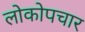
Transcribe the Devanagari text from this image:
लोकोपचार